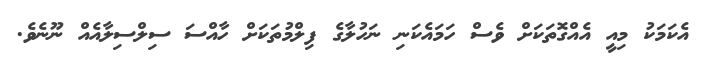
އެކަމަކު މިއީ އެއްގޮތަކަށް ވެސް ހަމައެކަނި ނަހުލާގެ ފިލްމުތަކަށް ހާއްސަ ސިލްސިލާއެއް ނޫނެވެ.